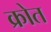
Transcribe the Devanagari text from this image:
क्रोत